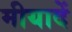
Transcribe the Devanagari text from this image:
मीयादें